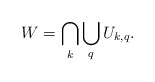
\begin{align*}W = \bigcap\limits_k\bigcup\limits_q U_{k,q}.\end{align*}